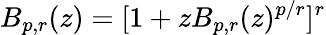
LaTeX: B_{p,r}(z)=[1+zB_{p,r}(z)^{p/r}]^{r}